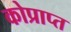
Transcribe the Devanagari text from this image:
कोप्राप्त